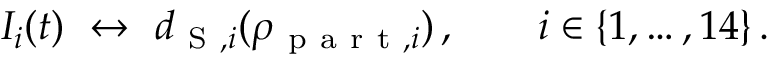
\begin{array} { r } { I _ { i } ( t ) \ \leftrightarrow \ d _ { \mathrm { ~ S ~ } , i } ( \rho _ { \mathrm { ~ p ~ a ~ r ~ t ~ } , i } ) \, , \qquad i \in \{ 1 , \dots , 1 4 \} \, . } \end{array}